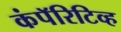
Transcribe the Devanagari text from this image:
कंपॅरिटिव्ह